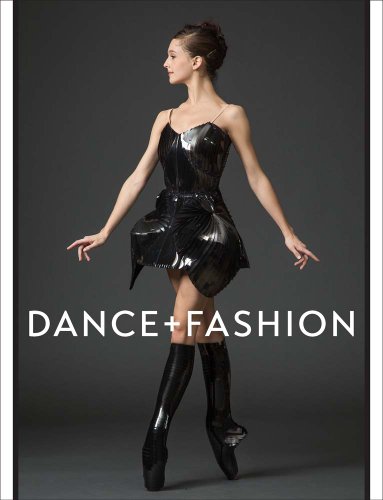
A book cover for Dance and Fashion; Arts & Photography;